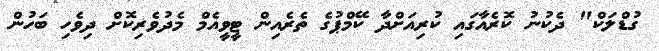
ގުޑްލަކް" ދެކުނު ކޮރެއާގައި ކުރިއަށްދާ ކޭމްޕުގެ ތެރެއިން ޓީވީއެމް މެދުވެރިކޮށް ދިވެހި ބަހުން